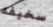
سخيفه